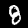
Label: 8